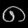
Digit: ၈